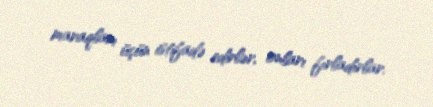
maraqları üçün istifadə edirlər, onları fırladırlar.